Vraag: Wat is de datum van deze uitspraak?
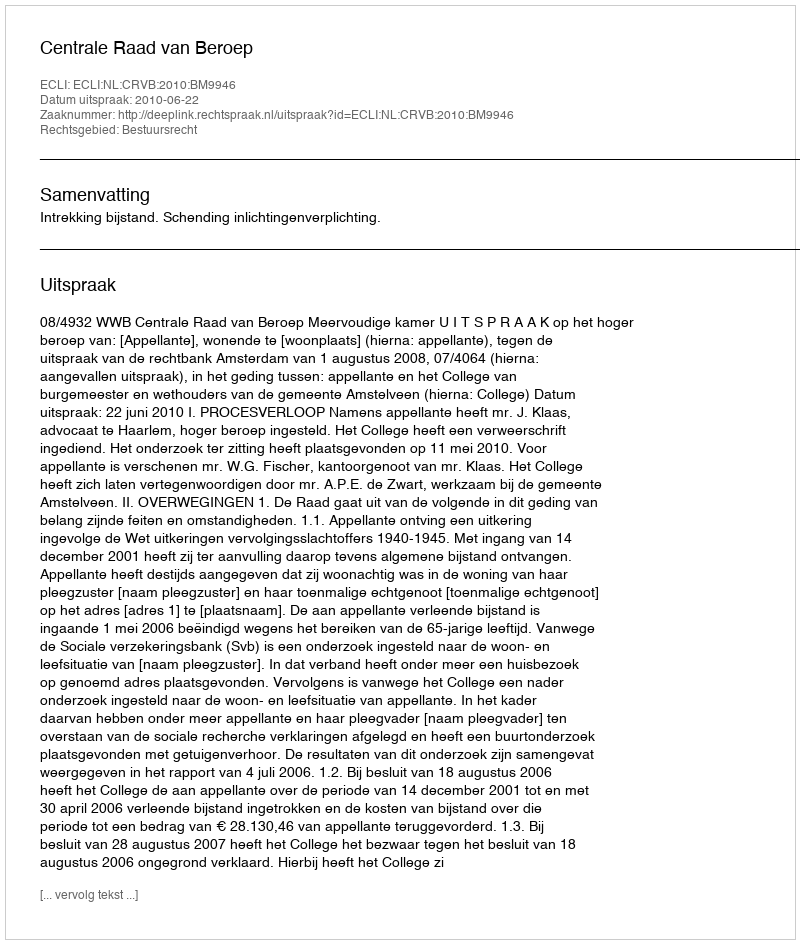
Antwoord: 2010-06-22